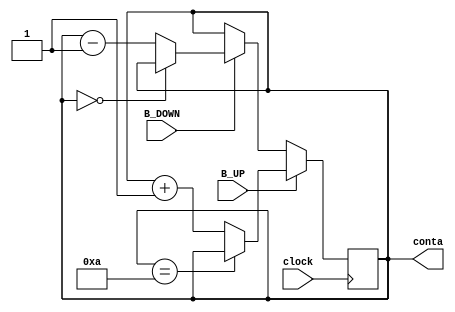
module CorrienteAD(
    output [3:0] conta, // frecuencia de salida al selector del mux
    input clock, // seal de reloj
    input B_UP, // boton de aumento
    input B_DOWN //boton de disminucin
    );

reg [3:0] conta; // se define un registro para llevar la cuenta

initial // inicializando el contador
begin
conta<=4'b0; // contador en 0000
end 

always @(posedge clock)//en cada flanco positivo de reloj

if (B_UP)
         if (conta==4'b1010)
				conta<=conta;
			else
				conta <= conta + 1;
else 
	if (B_DOWN)
				if (conta==4'b0) 
					conta<=conta;
				else
					conta<=conta-1;
endmodule